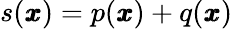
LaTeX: s({\pmb x})=p({\pmb x})+q({\pmb x})